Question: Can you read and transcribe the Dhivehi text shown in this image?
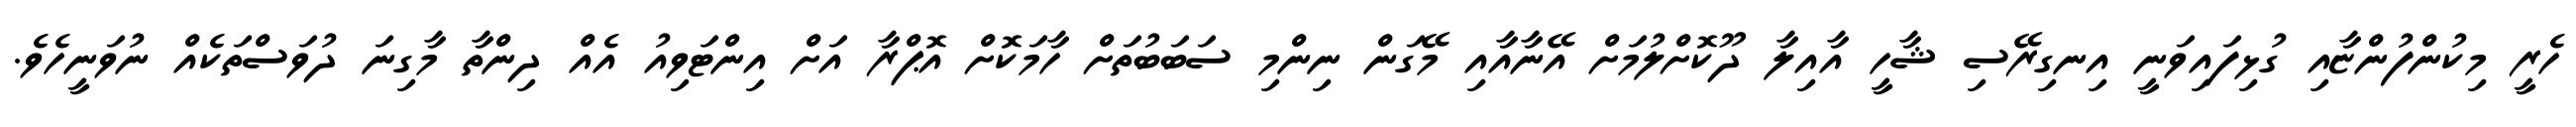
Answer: ހެރީ މިކުންފުންޏާއި ގުޅިފައިވަނީ އިނގިރޭސި ޝާހީ އާއިލާ ދޫކޮށްލުމަށް އޭނާއާއި މޭގަން ނިންމި ސަބަބުތަށް ހާމަކޮށް އޮޕްރާ އަށް އިންޓަވިއު އެއް ދިންތާ މާގިނަ ދުވަސްތަކެއް ނުވަނީހެވެ.